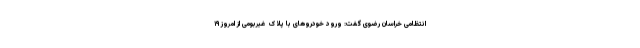
انتظامی خراسان‌ رضوی گفت: ورود خودروهای با پلاک غیربومی از امروز ۱۹